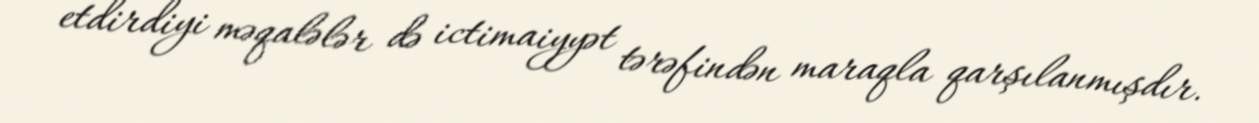
etdirdiyi məqalələr də ictimaiyyət tərəfindən maraqla qarşılanmışdır.